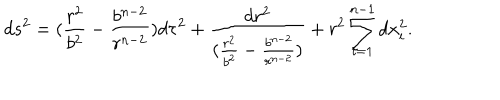
d s ^ { 2 } = ( \frac { r ^ { 2 } } { b ^ { 2 } } - \frac { b ^ { n - 2 } } { r ^ { n - 2 } } ) d \tau ^ { 2 } + \frac { d r ^ { 2 } } { ( \frac { r ^ { 2 } } { b ^ { 2 } } - \frac { b ^ { n - 2 } } { r ^ { n - 2 } } ) } + r ^ { 2 } \sum _ { i = 1 } ^ { n - 1 } d x _ { i } ^ { 2 } .